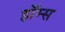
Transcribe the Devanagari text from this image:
हॉम्स